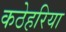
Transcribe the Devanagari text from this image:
कठेहरिया